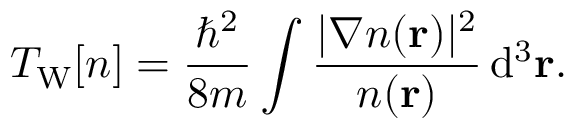
T _ { \mathrm { W } } [ n ] = { \frac { \hbar ^ { 2 } } { 8 m } } \int { \frac { | \nabla n ( \mathbf { r } ) | ^ { 2 } } { n ( \mathbf { r } ) } } \, \mathrm { d } ^ { 3 } \mathbf { r } .